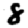
Digit: 8